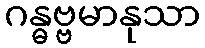
ဂန္ဓဗ္ဗမာနုသာ